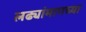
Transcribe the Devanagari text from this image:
लढ्यांमागच्या